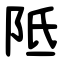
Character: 阺